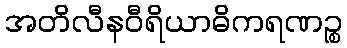
အတိလီနဝီရိယာဓိကရဏဉ္စ